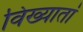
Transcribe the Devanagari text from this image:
विख्यातां